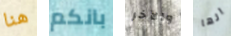
هنا بانكم والآخر انها